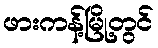
ဖားကန့်မြို့တွင်